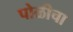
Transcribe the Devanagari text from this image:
पोळीचा